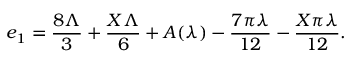
e _ { 1 } = { \frac { 8 \Lambda } { 3 } } + { \frac { X \Lambda } { 6 } } + A ( \lambda ) - { \frac { 7 \pi \lambda } { 1 2 } } - { \frac { X \pi \lambda } { 1 2 } } .